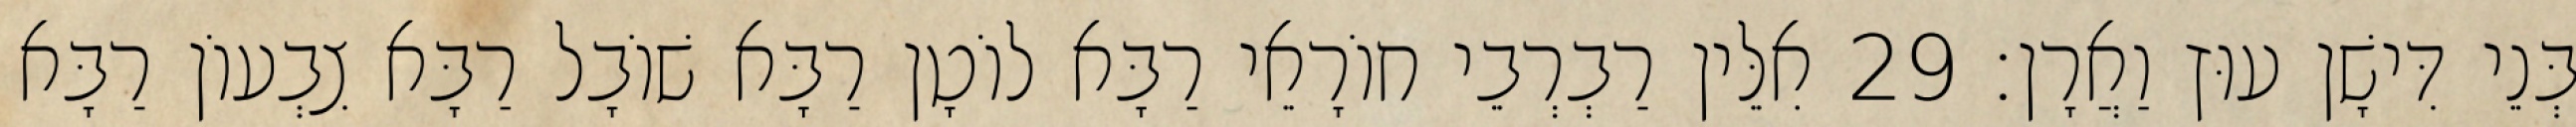
בְּנֵי דִּישָׁן עוּץ וַאֲרָן׃ 29 אִלֵּין רַבְרְבֵי חוֹרָאֵי רַבָּא לוֹטָן רַבָּא שׁוֹבָל רַבָּא צִבְעוֹן רַבָּא